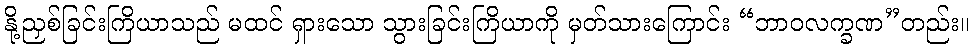
နို့ညှစ်ခြင်းကြိယာသည် မထင် ရှားသော သွားခြင်းကြိယာကို မှတ်သားကြောင်း “ဘာဝလက္ခဏ”တည်း။